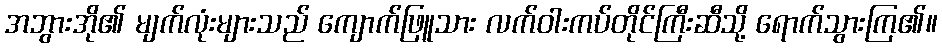
အဘွားအို၏ မျက်လုံးများသည် ကျောက်ဖြူသား လက်ဝါးကပ်တိုင်ကြီးဆီသို့ ရောက်သွားကြ၏။